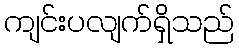
ကျင်းပလျက်ရှိသည်